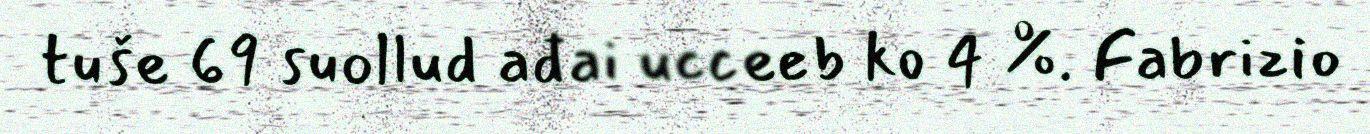
tuše 69 suollud ađai ucceeb ko 4 %. Fabrizio